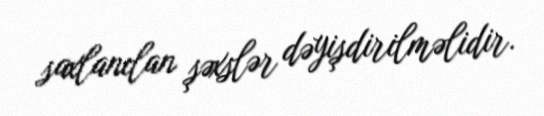
saxlanılan şəxslər dəyişdirilməlidir.